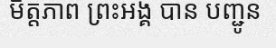
មិត្តភាព ព្រះអង្គ បាន បញ្ជូន